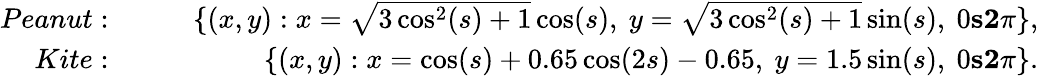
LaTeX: \begin{array}{rlr}{{Peanut:}}&{\quad}&{\{ (x,y):x=\sqrt{3\cos^{2}(s)+1}\cos(s),\ y=\sqrt{3\cos^{2}(s)+1}\sin(s),\ 0\le s\le 2\pi\} ,}\\ {{Kite:}}&{\quad}&{\{ (x,y):x=\cos(s)+0.65\cos(2s)-0.65,\ y=1.5\sin(s),\ 0\le s\le 2\pi\} .}\end{array}